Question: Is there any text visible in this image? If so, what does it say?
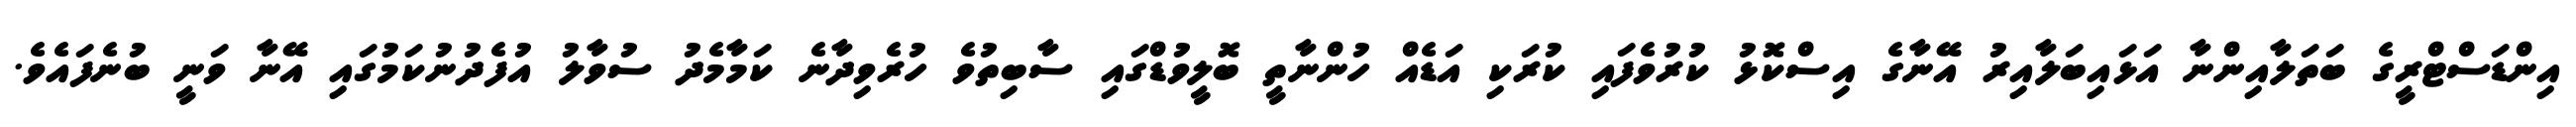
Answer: އިންޑަސްޓްރީގެ ބަތަލާއިންނާ އަޅައިބަލާއިރު އޭނާގެ އިސްކޮޅު ކުރުވެފައި ކުރަކި އަޑެއް ހުންނާތީ ބޮލީވުޑްގައި ސާބިތުވެ ހުރެވިދާނެ ކަމާމެދު ސުވާލު އުފެދުނުކަމުގައި އޭނާ ވަނީ ބުނެފައެވެ.